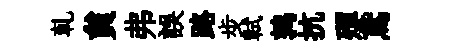
乹貟弗誤路步軾鹑抗殫鳶